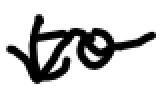
Text: to
Cross-out: wave
Writing tool: digital_black